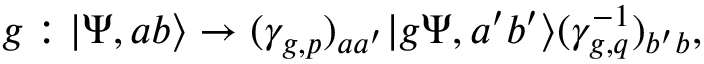
g : | \Psi , a b \rangle \to ( \gamma _ { g , p } ) _ { a a ^ { \prime } } | g \Psi , a ^ { \prime } b ^ { \prime } \rangle ( \gamma _ { g , q } ^ { - 1 } ) _ { b ^ { \prime } b } ,